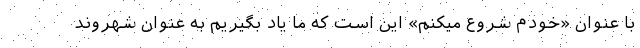
با عنوان «خودم شروع میکنم» این است که ما یاد بگیریم به عنوان شهروند